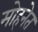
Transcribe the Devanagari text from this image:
मोहनेत